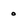
Character: o